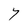
Character: Y